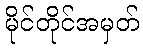
မိုင်တိုင်အမှတ်